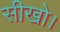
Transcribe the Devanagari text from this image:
सीखो।